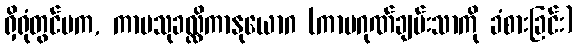
ရှိရုံတွင်မက, ကာမသုခလ္လိကာနုယောဂ (ကာမဂုဏ်ချမ်းသာကို ခံစားခြင်း)